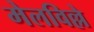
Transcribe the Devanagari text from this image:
मेलविल्ले